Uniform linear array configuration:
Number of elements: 8
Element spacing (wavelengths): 0.5
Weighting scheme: uniform
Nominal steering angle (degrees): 60
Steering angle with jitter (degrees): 59.675
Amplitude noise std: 0.05
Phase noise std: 0.05

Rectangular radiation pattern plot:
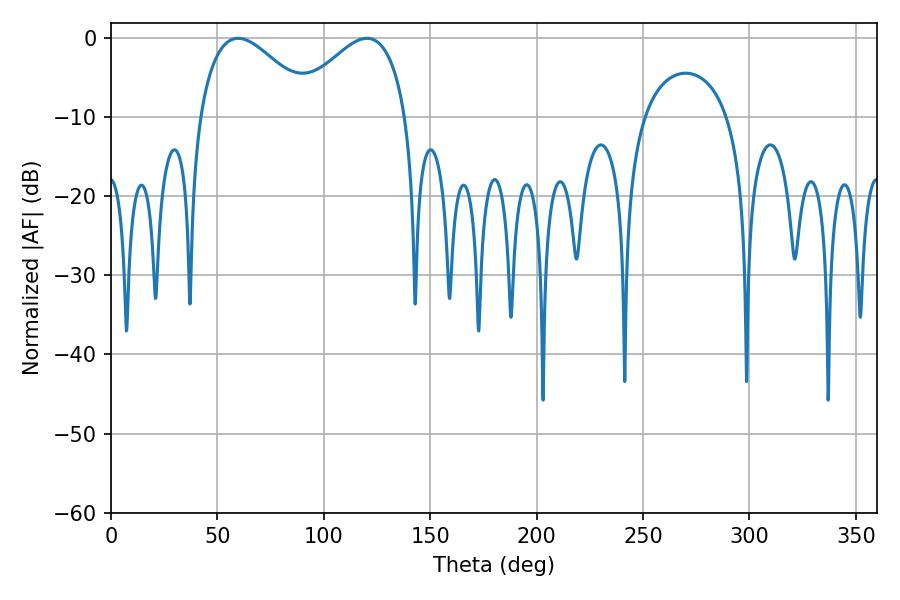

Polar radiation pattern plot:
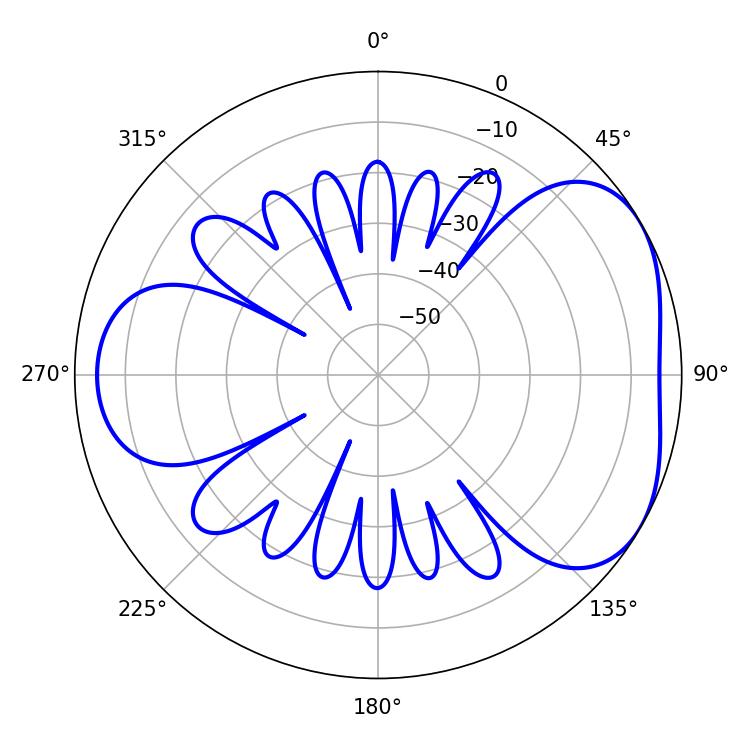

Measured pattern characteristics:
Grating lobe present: FALSE
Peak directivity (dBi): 4.296
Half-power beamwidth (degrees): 29.34
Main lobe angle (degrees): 59.76